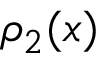
\rho _ { 2 } ( x )